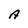
Character: A